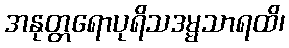
အနုတ္တရောပုရိသဒမ္မသာရထိ၊